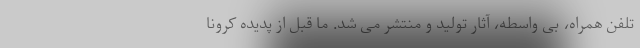
تلفن همراه، بی واسطه، آثار تولید و منتشر می شد. ما قبل از پدیده کرونا